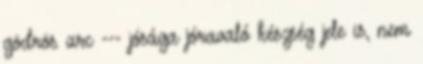
gödrös arc --- jósága jóravaló készség jele is, nem